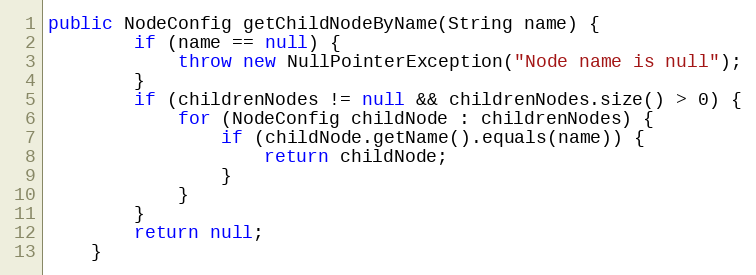
Language: Java
public NodeConfig getChildNodeByName(String name) {
		if (name == null) {
			throw new NullPointerException("Node name is null");
		}
		if (childrenNodes != null && childrenNodes.size() > 0) {
			for (NodeConfig childNode : childrenNodes) {
				if (childNode.getName().equals(name)) {
					return childNode;
				}
			}
		}
		return null;
	}